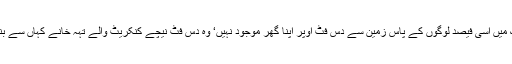
جس ملک میں اسی فیصد لوگوں کے پاس زمین سے دس فٹ اوپر اپنا گھر موجود نہیں‘ وہ دس فٹ نیچے کنکریٹ والے تہہ خانے کہاں سے بنائیں گے۔